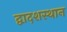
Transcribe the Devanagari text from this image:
द्वादशस्थान